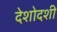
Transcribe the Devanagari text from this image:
देशोदशी